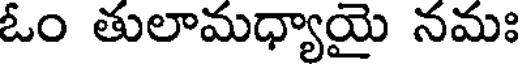
ఓం తులామధ్యాయై నమః